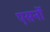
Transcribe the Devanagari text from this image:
एसर्नो